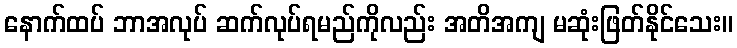
နောက်ထပ် ဘာအလုပ် ဆက်လုပ်ရမည်ကိုလည်း အတိအကျ မဆုံးဖြတ်နိုင်သေး။